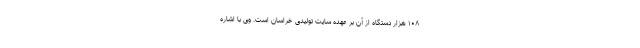
۱۰۸ هزار دستگاه از آن بر عهده سایت تولیدی خراسان است. وی با اشاره